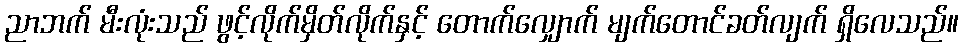
ညာဘက် မီးလုံးသည် ဖွင့်လိုက်မှိတ်လိုက်နှင့် တောက်လျှောက် မျက်တောင်ခတ်လျက် ရှိလေသည်။